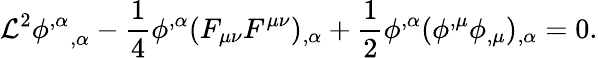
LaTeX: {\cal L}^{2}{\phi^{,\alpha}}_{,\alpha}-\frac 14\phi^{,\alpha}(F_{\mu\nu}F^{\mu\nu})_{,\alpha}+\frac 12\phi^{,\alpha}(\phi^{,\mu}\phi_{,\mu})_{,\alpha}=0.